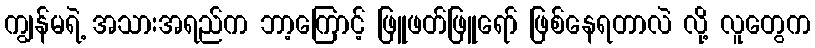
ကျွန်မရဲ့ အသားအရည်က ဘာ့ကြောင့် ဖြူဖတ်ဖြူရော် ဖြစ်နေရတာလဲ လို့ လူတွေက